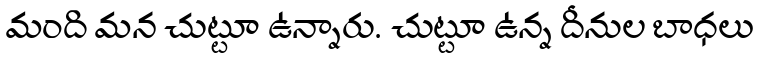
మంది మన చుట్టూ ఉన్నారు. చుట్టూ ఉన్న దీనుల బాధలు